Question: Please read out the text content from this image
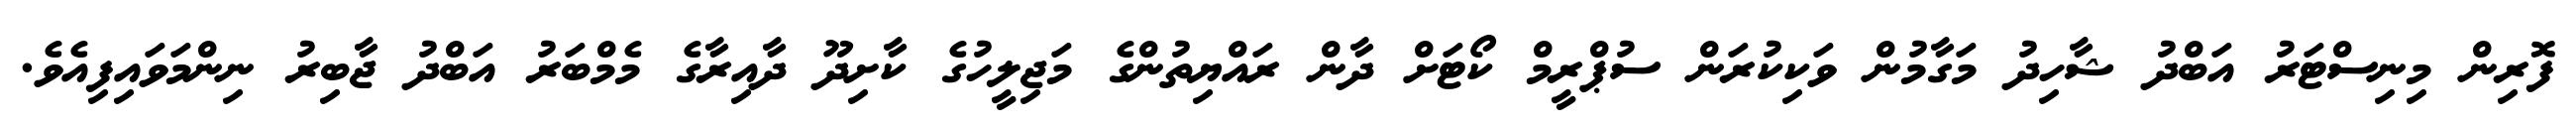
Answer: ފޮރިން މިނިސްޓަރު އަބްދު ޝާހިދު މަގާމުން ވަކިކުރަން ސުޕްރީމް ކޯޓަށް ދާން ރައްޔިތުންގެ މަޖިލީހުގެ ކާށިދޫ ދާއިރާގެ މެމްބަރު އަބްދު ޖާބިރު ނިންމަވައިފިއެވެ.